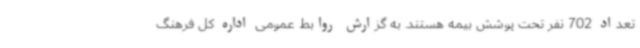
تعداد 702 نفر تحت پوشش بیمه هستند. به گزارش روابط عمومی اداره کل فرهنگ